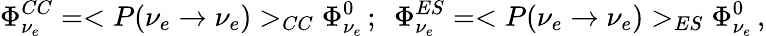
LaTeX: \Phi_{\nu_{e}}^{CC}=<P(\nu_{e}\to\nu_{e})>_{CC}\Phi_{\nu_{e}}^{0}\, ;~~\Phi_{\nu_{e}}^{ES}=<P(\nu_{e}\to\nu_{e})>_{ES}\Phi_{\nu_{e}}^{0}\, ,